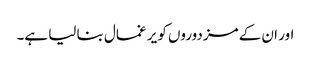
اور ان کے مزدوروں کو یر غمال بنا لیا ہے۔